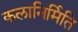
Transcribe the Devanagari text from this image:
कलानिर्मिति